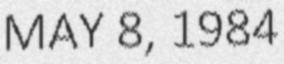
MAY 8, 1984